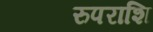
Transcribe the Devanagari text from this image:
रुपराशि